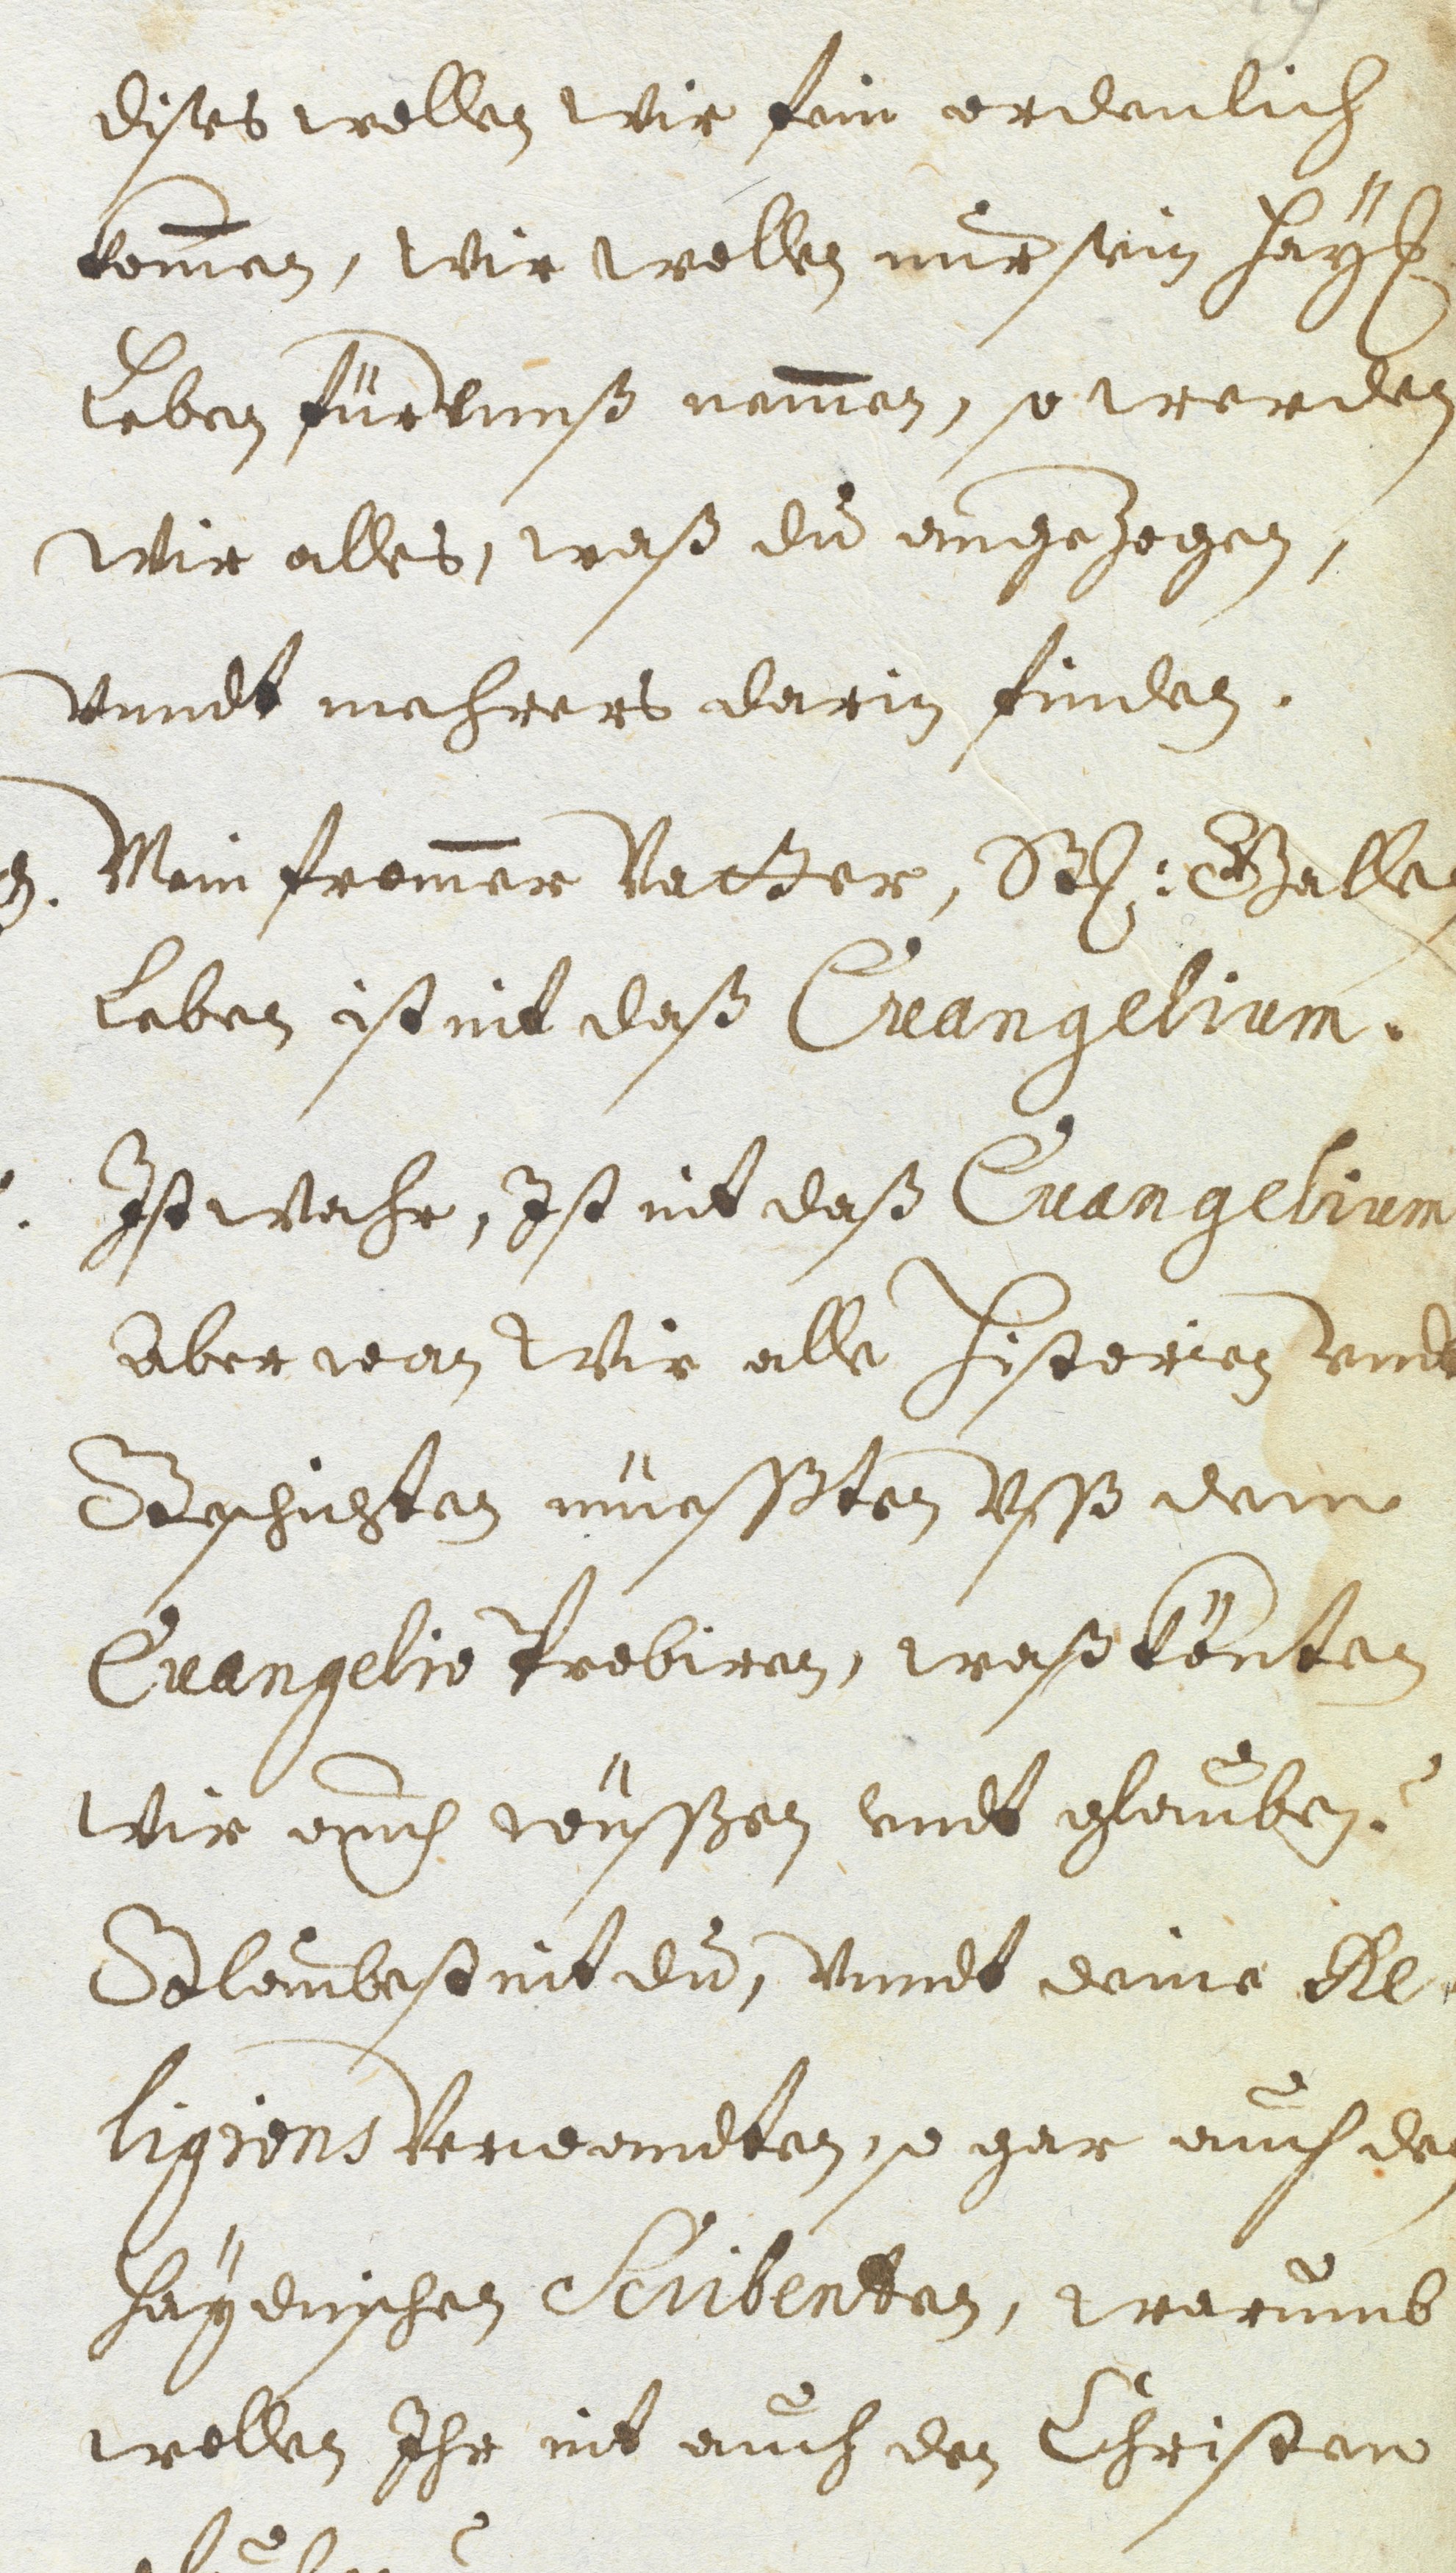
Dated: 1637–1641